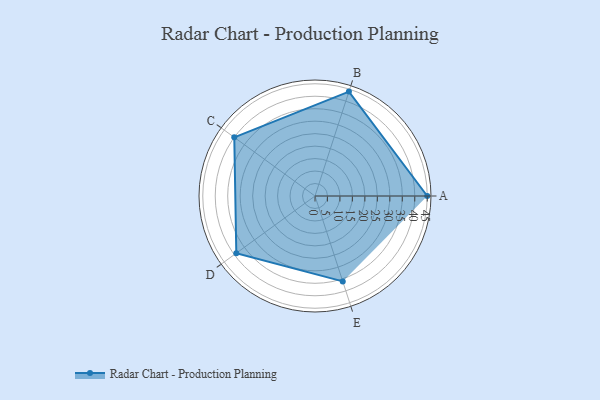
{"axis": {"x": "Skill", "y": "Score"}, "legend": ["Profile"], "data": [{"x": "A", "y": 45.0, "type": "Profile"}, {"x": "B", "y": 44.0, "type": "Profile"}, {"x": "C", "y": 40.0, "type": "Profile"}, {"x": "D", "y": 39.0, "type": "Profile"}, {"x": "E", "y": 36.0, "type": "Profile"}]}